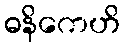
ဓနိကေဟိ